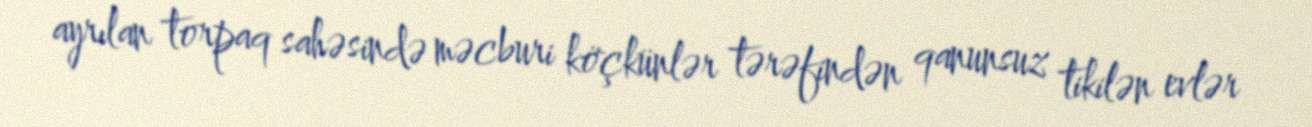
ayrılan torpaq sahəsində məcburi köçkünlər tərəfindən qanunsuz tikilən evlər